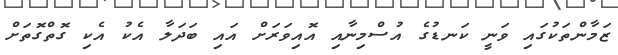
ޒަމާންތަކުގައި ވަނީ ކަނޑުގެ އުސްމިނާއި އޮއިވަރަށް އައި ބަދަލާ އެކު އެކި ގޮތްގޮތަށް